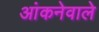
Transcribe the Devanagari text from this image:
आंकनेवाले